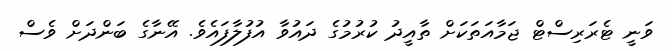
ވަނީ ޓެރަރިސްޓް ޖަމާއަތަކަށް ތާއީދު ކުރުމުގެ ދައުވާ އުފުލާފައެވެ. އޭނާގެ ބަންދަށް ވެސް